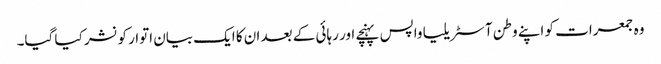
وہ جمعرات کو اپنے وطن آسٹریلیا واپس پہنچے اور رہائی کے بعد ان کا ایک بیان اتوار کو نشر کیا گیا۔